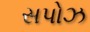
સપોઝ